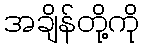
အချိန်တို့ကို